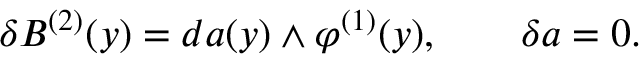
\delta B ^ { ( 2 ) } ( y ) = d a ( y ) \wedge \varphi ^ { ( 1 ) } ( y ) , \qquad \delta a = 0 .